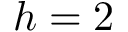
h = 2